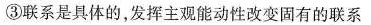
③联系是具体的，发挥主观能动性改变固有的联系